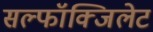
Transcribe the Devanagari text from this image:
सल्फॉक्जिलेट